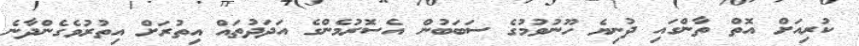
ކުރިއަށް އޮތް ތާންގައި ދުނިޔެ ހޫނުވުމުގެ ސަބަބުން އެސޮރުމެންގެ އަދަދުތައް އިތުރަށް އިތުރުވެގެންދާނެ